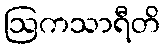
ဩကသာရီတိ